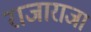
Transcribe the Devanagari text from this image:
राजाराजा